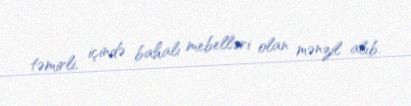
təmirli, içində bahalı mebelləri olan mənzil alıb.